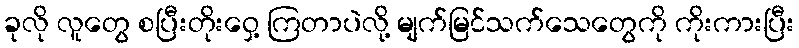
ခုလို လူတွေ စပြီးတိုးဝှေ့ ကြတာပဲလို့ မျက်မြင်သက်သေတွေကို ကိုးကားပြီး